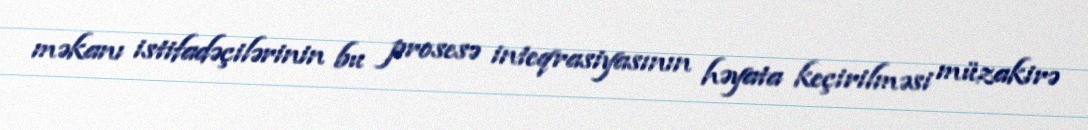
məkanı istifadəçilərinin bu prosesə inteqrasiyasının həyata keçirilməsi müzakirə